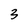
Character: 3